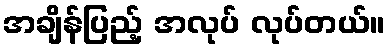
အချိန်ပြည့် အလုပ် လုပ်တယ်။